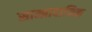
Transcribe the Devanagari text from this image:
साम्प्रादायिक